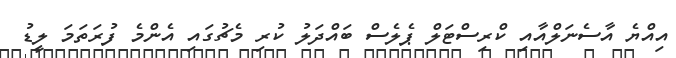
އިއްޔެ އާސެނަލްއާއި ކްރިސްޓަލް ޕެލެސް ބައްދަލު ކުރި މެޗުގައި އެންމެ ފުރަތަމަ ލީޑު